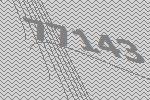
77143